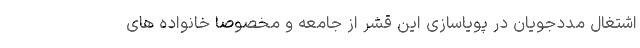
اشتغال مددجویان در پویاسازی این قشر از جامعه و مخصوصا خانواده های